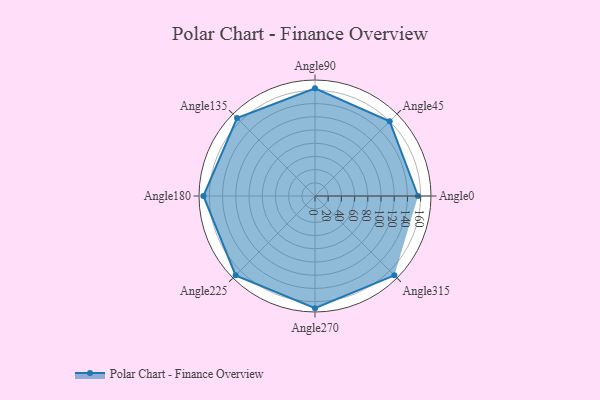
{"axis": {"x": "Angle", "y": "Radius"}, "legend": [""], "data": [{"x": "Angle0", "y": 156.0, "type": ""}, {"x": "Angle45", "y": 160.0, "type": ""}, {"x": "Angle90", "y": 163.0, "type": ""}, {"x": "Angle135", "y": 167.0, "type": ""}, {"x": "Angle180", "y": 169.0, "type": ""}, {"x": "Angle225", "y": 170.0, "type": ""}, {"x": "Angle270", "y": 170, "type": ""}, {"x": "Angle315", "y": 170, "type": ""}]}